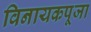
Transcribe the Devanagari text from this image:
विनायकपूजा